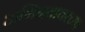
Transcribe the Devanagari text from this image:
अभिनयावरच्या